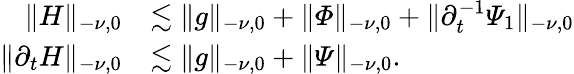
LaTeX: \begin{array}{rl}{\lVert H\rVert_{-\nu,0}}&{\lesssim\lVert g\rVert_{-\nu,0}+\lVert\varPhi\rVert_{-\nu,0}+\lVert\partial_{t}^{-1}\varPsi_{1}\rVert_{-\nu,0}}\\ {\lVert\partial_{t}H\rVert_{-\nu,0}}&{\lesssim\lVert g\rVert_{-\nu,0}+\lVert\varPsi\rVert_{-\nu,0}.}\end{array}